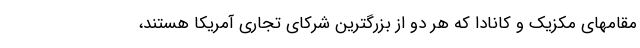
مقامهای مکزیک و کانادا که هر دو از بزرگترین شرکای تجاری آمریکا هستند،